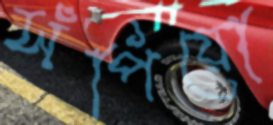
সঁপিয়ো